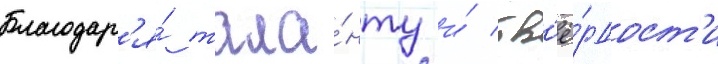
Благодар'я́ тала́нту и́ тв'ё́рдост'и